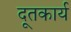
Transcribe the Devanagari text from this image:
दूतकार्य